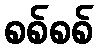
စစ်စစ်